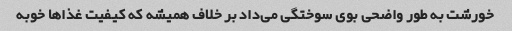
خورشت به طور واضحی بوی سوختگی می‌داد بر خلاف همیشه که کیفیت غذا‌ها خوبه